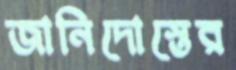
জানিদোস্তের